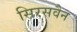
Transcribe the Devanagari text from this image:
सिरसवैन